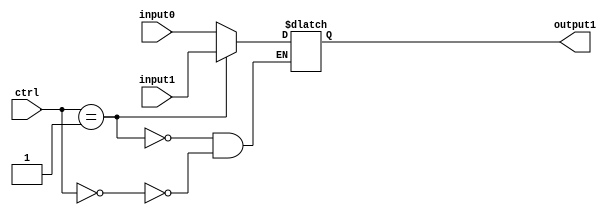
//////////////////////////////////////////////////////////////////////////////////
// Course: Cooper Union ECE151A Spring 2016
// Professor: Professor Marano
// Module Name: 
// Description: 
//////////////////////////////////////////////////////////////////////////////////

`timescale 1ns / 1ns

module mux2_1_ctrl3(output1, input0, input1, ctrl);

//-------------Input Ports-----------------------------
input wire [2:0] ctrl;		//3 bit control
input wire [7:0] input0;	//input at 0
input wire [7:0] input1;	//input at 1

//-------------Output Ports----------------------------

output reg [7:0] output1; 	//8 bits of output

//------------------Instructions-----------------------
//ctrl = ALUsrc (1 iff I type instruction)

always @(input0||input1)
	begin
		if (ctrl == 0)
			output1 = input0;
		if (ctrl == 1)
			output1 = input1;
	end

endmodule